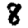
Digit: 8